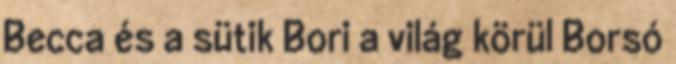
Becca és a sütik Bori a világ körül Borsó